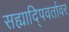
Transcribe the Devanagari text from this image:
सह्यादि्पवर्तावर